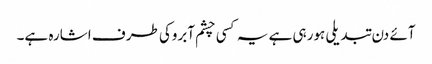
آئے دن تبدیلی ہورہی ہے یہ کسی چشم آبروکی طرف اشارہ ہے۔